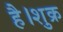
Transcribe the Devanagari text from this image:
है।शुक्र